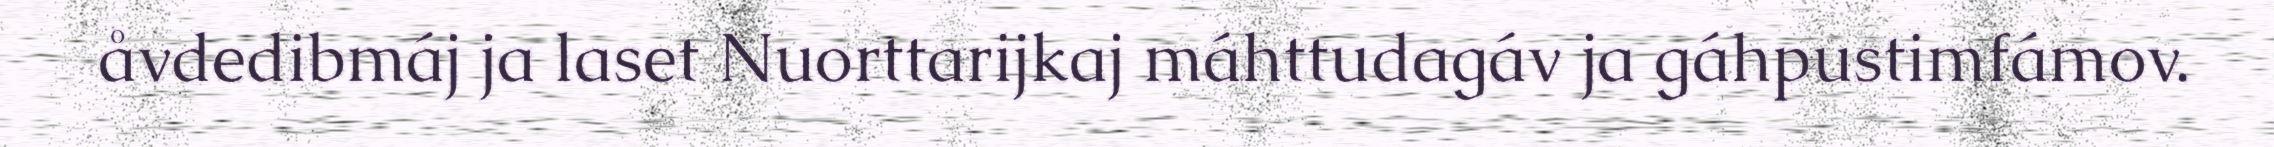
åvdedibmáj ja laset Nuorttarijkaj máhttudagáv ja gáhpustimfámov.